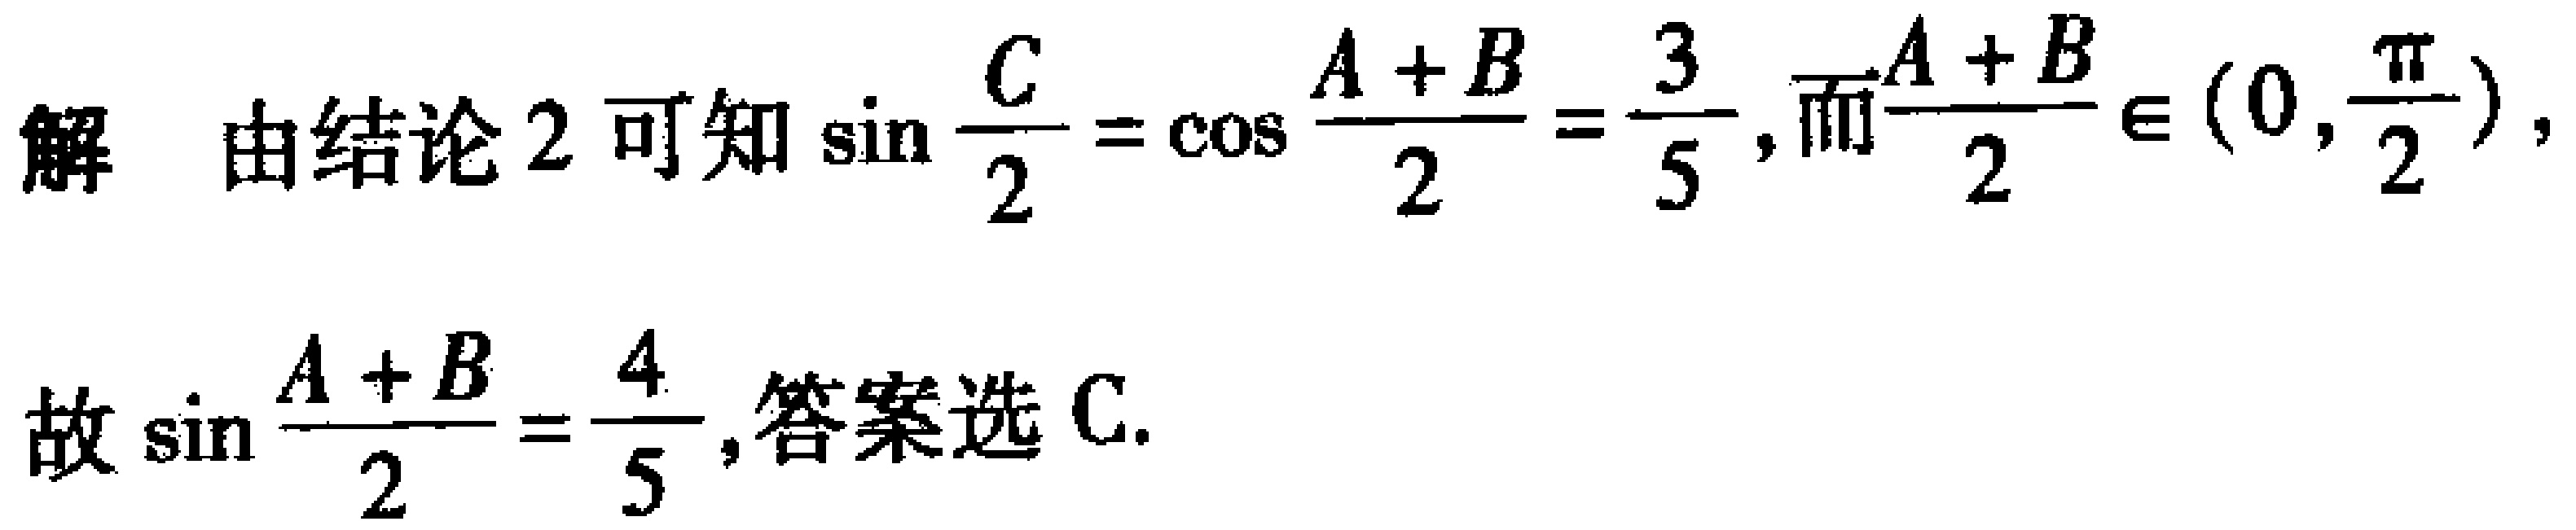
解 由结论 2 可知\(\sin\frac{C}{2}=\cos\frac{A + B}{2}=\frac{3}{5}\)，而\(\frac{A + B}{2}\in(0,\frac{\pi}{2})\)，

故\(\sin\frac{A + B}{2}=\frac{4}{5}\)，答案选 C.